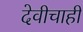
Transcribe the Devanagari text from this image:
देवीचाही